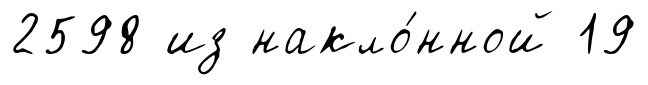
2598 из накло́нной 19